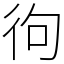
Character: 㣘